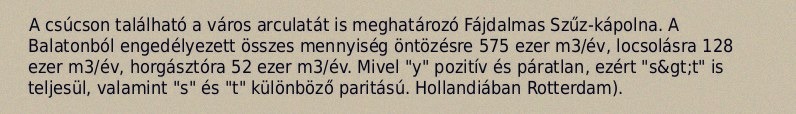
A csúcson található a város arculatát is meghatározó Fájdalmas Szűz-kápolna. A Balatonból engedélyezett összes mennyiség öntözésre 575 ezer m3/év, locsolásra 128 ezer m3/év, horgásztóra 52 ezer m3/év. Mivel "y" pozitív és páratlan, ezért "s&gt;t" is teljesül, valamint "s" és "t" különböző paritású. Hollandiában Rotterdam).